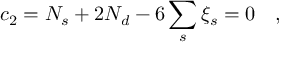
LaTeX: c _ { 2 } = N _ { s } + 2 N _ { d } - 6 \sum _ { s } \xi _ { s } = 0 ~ ~ ~ ,